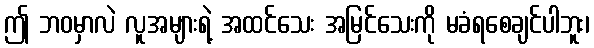
ဤ ဘဝမှာလဲ လူအများရဲ့ အထင်သေး အမြင်သေးကို မခံရစေချင်ပါဘူး၊